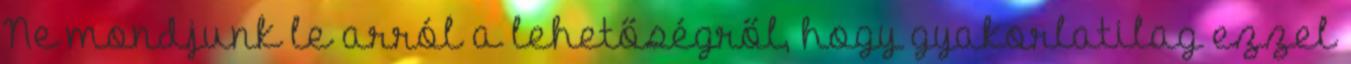
Ne mondjunk le arról a lehetőségről, hogy gyakorlatilag ezzel